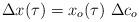
LaTeX: \begin{align*}\Delta x(\tau) = x_{o}(\tau) \ \Delta c_{o}\end{align*}